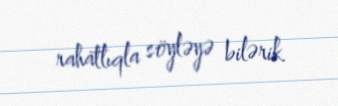
rahatlıqla söyləyə bilərik.